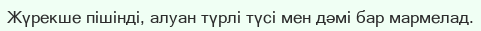
Жүрекше пішінді, алуан түрлі түсі мен дәмі бар мармелад.